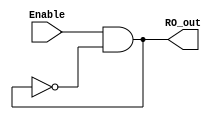
module ring_osc #(
    parameter INVERTERS_PER_RING=6, // must be an even number; number of inverters + 1
    parameter INVERTER_DELAY=2 //delay of each inverter
)(
input Enable, //enable signal
output RO_out //output
);

    (* keep *) wire [INVERTERS_PER_RING-1:0] wires; // To optimize the hardware, Synthesize tools create only one inverter, using 'KEEP' to bypass this
    assign RO_out = wires[INVERTERS_PER_RING-1];

    genvar i; //generate block is used to replicate the inverters
    generate
        for(i=0; i<INVERTERS_PER_RING; i=i+1) begin : true_block
            if (i == 0)//(* keep = "true" *)
              (* keep *) nand f(wires[i],Enable,wires[INVERTERS_PER_RING-2]);
            else 
              (* keep *) not #(INVERTER_DELAY) g (wires[i], wires[i-1]);
        end
    endgenerate
endmodule